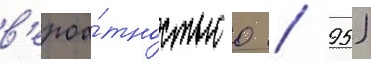
в'ероа́тностью 0 / 95)